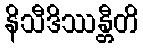
နိသီဒိဿန္တီတိ